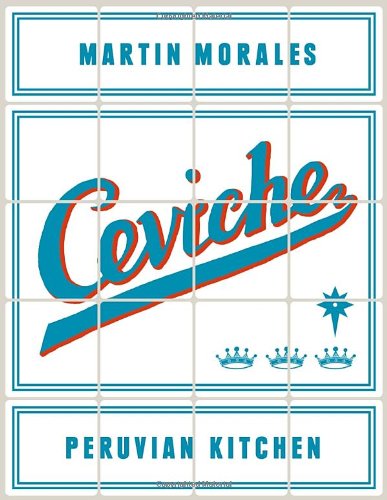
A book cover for Ceviche: Peruvian Kitchen: Authentic Recipes for Lomo Saltado, Anticuchos, Tiraditos, Alfajores, and Pisco Cocktails; Martin Morales; Cookbooks, Food & Wine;